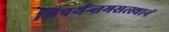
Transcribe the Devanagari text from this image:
भिपर्यन्तमसत्स्थानं